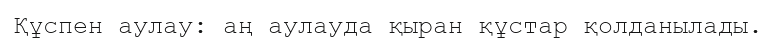
Құспен аулау: аң аулауда қыран құстар қолданылады.